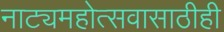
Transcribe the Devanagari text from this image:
नाट्यमहोत्सवासाठीही